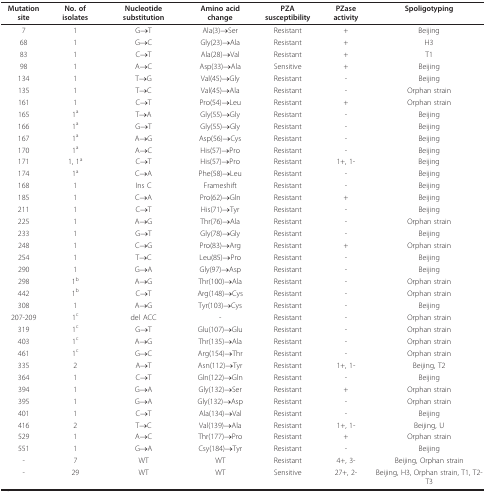
<table><thead><tr><td><b>Mutation site</b></td><td><b>No. of isolates</b></td><td><b>Nucleotide substitution</b></td><td><b>Amino acid change</b></td><td><b>PZA susceptibility</b></td><td><b>PZase activity</b></td><td><b>Spoligotyping</b></td></tr></thead><tbody><tr><td>7</td><td>1</td><td>G→T</td><td>Ala(3)→Ser</td><td>Resistant</td><td>+</td><td>Beijing</td></tr><tr><td>68</td><td>1</td><td>G→C</td><td>Gly(23)→Ala</td><td>Resistant</td><td>+</td><td>H3</td></tr><tr><td>83</td><td>1</td><td>C→T</td><td>Ala(28)→Val</td><td>Resistant</td><td>+</td><td>T1</td></tr><tr><td>98</td><td>1</td><td>A→C</td><td>Asp(33)→Ala</td><td>Sensitive</td><td>+</td><td>Beijing</td></tr><tr><td>134</td><td>1</td><td>T→G</td><td>Val(45)→Gly</td><td>Resistant</td><td>-</td><td>Beijing</td></tr><tr><td>135</td><td>1</td><td>T→C</td><td>Val(45)→Ala</td><td>Resistant</td><td>-</td><td>Orphan strain</td></tr><tr><td>161</td><td>1</td><td>C→T</td><td>Pro(54)→Leu</td><td>Resistant</td><td>+</td><td>Orphan strain</td></tr><tr><td>165</td><td>1<sup>a</sup></td><td>T→A</td><td>Gly(55)→Gly</td><td>Resistant</td><td>-</td><td>Beijing</td></tr><tr><td>166</td><td>1<sup>a</sup></td><td>G→T</td><td>Gly(55)→Gly</td><td>Resistant</td><td>-</td><td>Beijing</td></tr><tr><td>167</td><td>1<sup>a</sup></td><td>A→G</td><td>Asp(56)→Cys</td><td>Resistant</td><td>-</td><td>Beijing</td></tr><tr><td>170</td><td>1<sup>a</sup></td><td>A→C</td><td>His(57)→Pro</td><td>Resistant</td><td>-</td><td>Beijing</td></tr><tr><td>171</td><td>1, 1<sup>a</sup></td><td>C→T</td><td>His(57)→Pro</td><td>Resistant</td><td>1+, 1-</td><td>Beijing</td></tr><tr><td>174</td><td>1<sup>a</sup></td><td>C→A</td><td>Phe(58)→Leu</td><td>Resistant</td><td>-</td><td>Beijing</td></tr><tr><td>168</td><td>1</td><td>Ins C</td><td>Frameshift</td><td>Resistant</td><td>-</td><td>Beijing</td></tr><tr><td>185</td><td>1</td><td>C→A</td><td>Pro(62)→Gln</td><td>Resistant</td><td>+</td><td>Beijing</td></tr><tr><td>211</td><td>1</td><td>C→T</td><td>His(71)→Tyr</td><td>Resistant</td><td>-</td><td>Beijing</td></tr><tr><td>225</td><td>1</td><td>A→G</td><td>Thr(76)→Ala</td><td>Resistant</td><td>-</td><td>Orphan strain</td></tr><tr><td>233</td><td>1</td><td>G→T</td><td>Gly(78)→Gly</td><td>Resistant</td><td>-</td><td>Beijing</td></tr><tr><td>248</td><td>1</td><td>C→G</td><td>Pro(83)→Arg</td><td>Resistant</td><td>+</td><td>Orphan strain</td></tr><tr><td>254</td><td>1</td><td>T→C</td><td>Leu(85)→Pro</td><td>Resistant</td><td>-</td><td>Beijing</td></tr><tr><td>290</td><td>1</td><td>G→A</td><td>Gly(97)→Asp</td><td>Resistant</td><td>-</td><td>Beijing</td></tr><tr><td>298</td><td>1<sup>b</sup></td><td>A→G</td><td>Thr(100)→Ala</td><td>Resistant</td><td>-</td><td>Orphan strain</td></tr><tr><td>442</td><td>1<sup>b</sup></td><td>C→T</td><td>Arg(148)→Cys</td><td>Resistant</td><td>-</td><td>Orphan strain</td></tr><tr><td>308</td><td>1</td><td>A→G</td><td>Tyr(103)→Cys</td><td>Resistant</td><td>-</td><td>Beijing</td></tr><tr><td>207-209</td><td>1<sup>c</sup></td><td>del ACC</td><td>-</td><td>Resistant</td><td>-</td><td>Orphan strain</td></tr><tr><td>319</td><td>1<sup>c</sup></td><td>G→T</td><td>Glu(107)→Glu</td><td>Resistant</td><td>-</td><td>Orphan strain</td></tr><tr><td>403</td><td>1<sup>c</sup></td><td>A→G</td><td>Thr(135)→Ala</td><td>Resistant</td><td>-</td><td>Orphan strain</td></tr><tr><td>461</td><td>1<sup>c</sup></td><td>G→C</td><td>Arg(154)→Thr</td><td>Resistant</td><td>-</td><td>Orphan strain</td></tr><tr><td>335</td><td>2</td><td>A→T</td><td>Asn(112)→Tyr</td><td>Resistant</td><td>1+, 1-</td><td>Beijing, T2</td></tr><tr><td>364</td><td>1</td><td>C→T</td><td>Gln(122)→Gln</td><td>Resistant</td><td>-</td><td>Beijing</td></tr><tr><td>394</td><td>1</td><td>G→A</td><td>Gly(132)→Ser</td><td>Resistant</td><td>+</td><td>Orphan strain</td></tr><tr><td>395</td><td>1</td><td>G→A</td><td>Gly(132)→Asp</td><td>Resistant</td><td>-</td><td>Orphan strain</td></tr><tr><td>401</td><td>1</td><td>C→T</td><td>Ala(134)→Val</td><td>Resistant</td><td>-</td><td>Beijing</td></tr><tr><td>416</td><td>2</td><td>T→C</td><td>Val(139)→Ala</td><td>Resistant</td><td>1+, 1-</td><td>Beijing, U</td></tr><tr><td>529</td><td>1</td><td>A→C</td><td>Thr(177)→Pro</td><td>Resistant</td><td>+</td><td>Orphan strain</td></tr><tr><td>551</td><td>1</td><td>G→A</td><td>Csy(184)→Tyr</td><td>Resistant</td><td>-</td><td>Beijing</td></tr><tr><td>-</td><td>7</td><td>WT</td><td>WT</td><td>Resistant</td><td>4+, 3-</td><td>Beijing, Orphan strain</td></tr><tr><td>-</td><td>29</td><td>WT</td><td>WT</td><td>Sensitive</td><td>27+, 2-</td><td>Beijing, H3, Orphan strain, T1, T2-T3</td></tr></tbody></table>